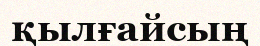
қылғайсың